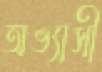
অভ্যাসী